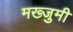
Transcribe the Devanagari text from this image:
मख्जुमी